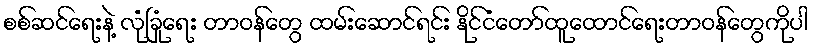
စစ်ဆင်ရေးနဲ့ လုံခြုံရေး တာဝန်တွေ ထမ်းဆောင်ရင်း နိုင်ငံတော်ထူထောင်ရေးတာဝန်တွေကိုပါ